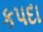
કપદા